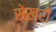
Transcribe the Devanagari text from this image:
सेखरी